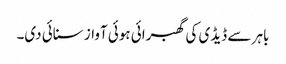
باہر سے ڈیڈی کی گھبرائی ہوئی آواز سنائی دی۔